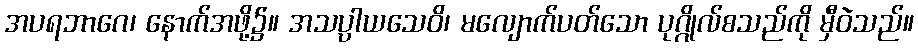
အပရဘာဂေ၊ နောက်အဖို့၌။ အသပ္ပာယသေဝိ၊ မလျောက်ပတ်သော ပုဂ္ဂိုလ်စသည်ကို မှီဝဲသည်။